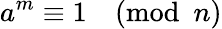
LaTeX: a^{m}\equiv 1{\pmod{n}}